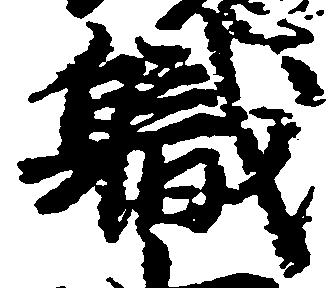
職